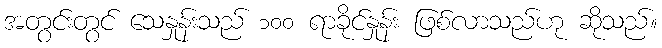
အတွင်းတွင် သေနှုန်းသည် ၁၀၀ ရာခိုင်နှုန်း ဖြစ်လာသည်ဟု ဆိုသည်။